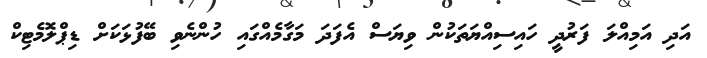
އަދި އަމިއްލަ ފަރުދީ ހައިސިއްޔަތަކުން ވިޔަސް އެފަދަ މަގާމެއްގައި ހުންނެވި ބޭފުޅަކަށް ޑިޕްލޮމެޓިކް